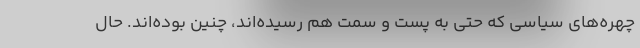
چهره‌های سیاسی که حتی به پست و سمت هم رسیده‌اند، چنین بوده‌اند. حال